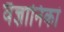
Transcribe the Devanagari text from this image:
वैज्ञानिकां